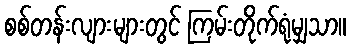
စစ်တန်းလျားများတွင် ကြမ်းတိုက်ရုံမျှသာ။